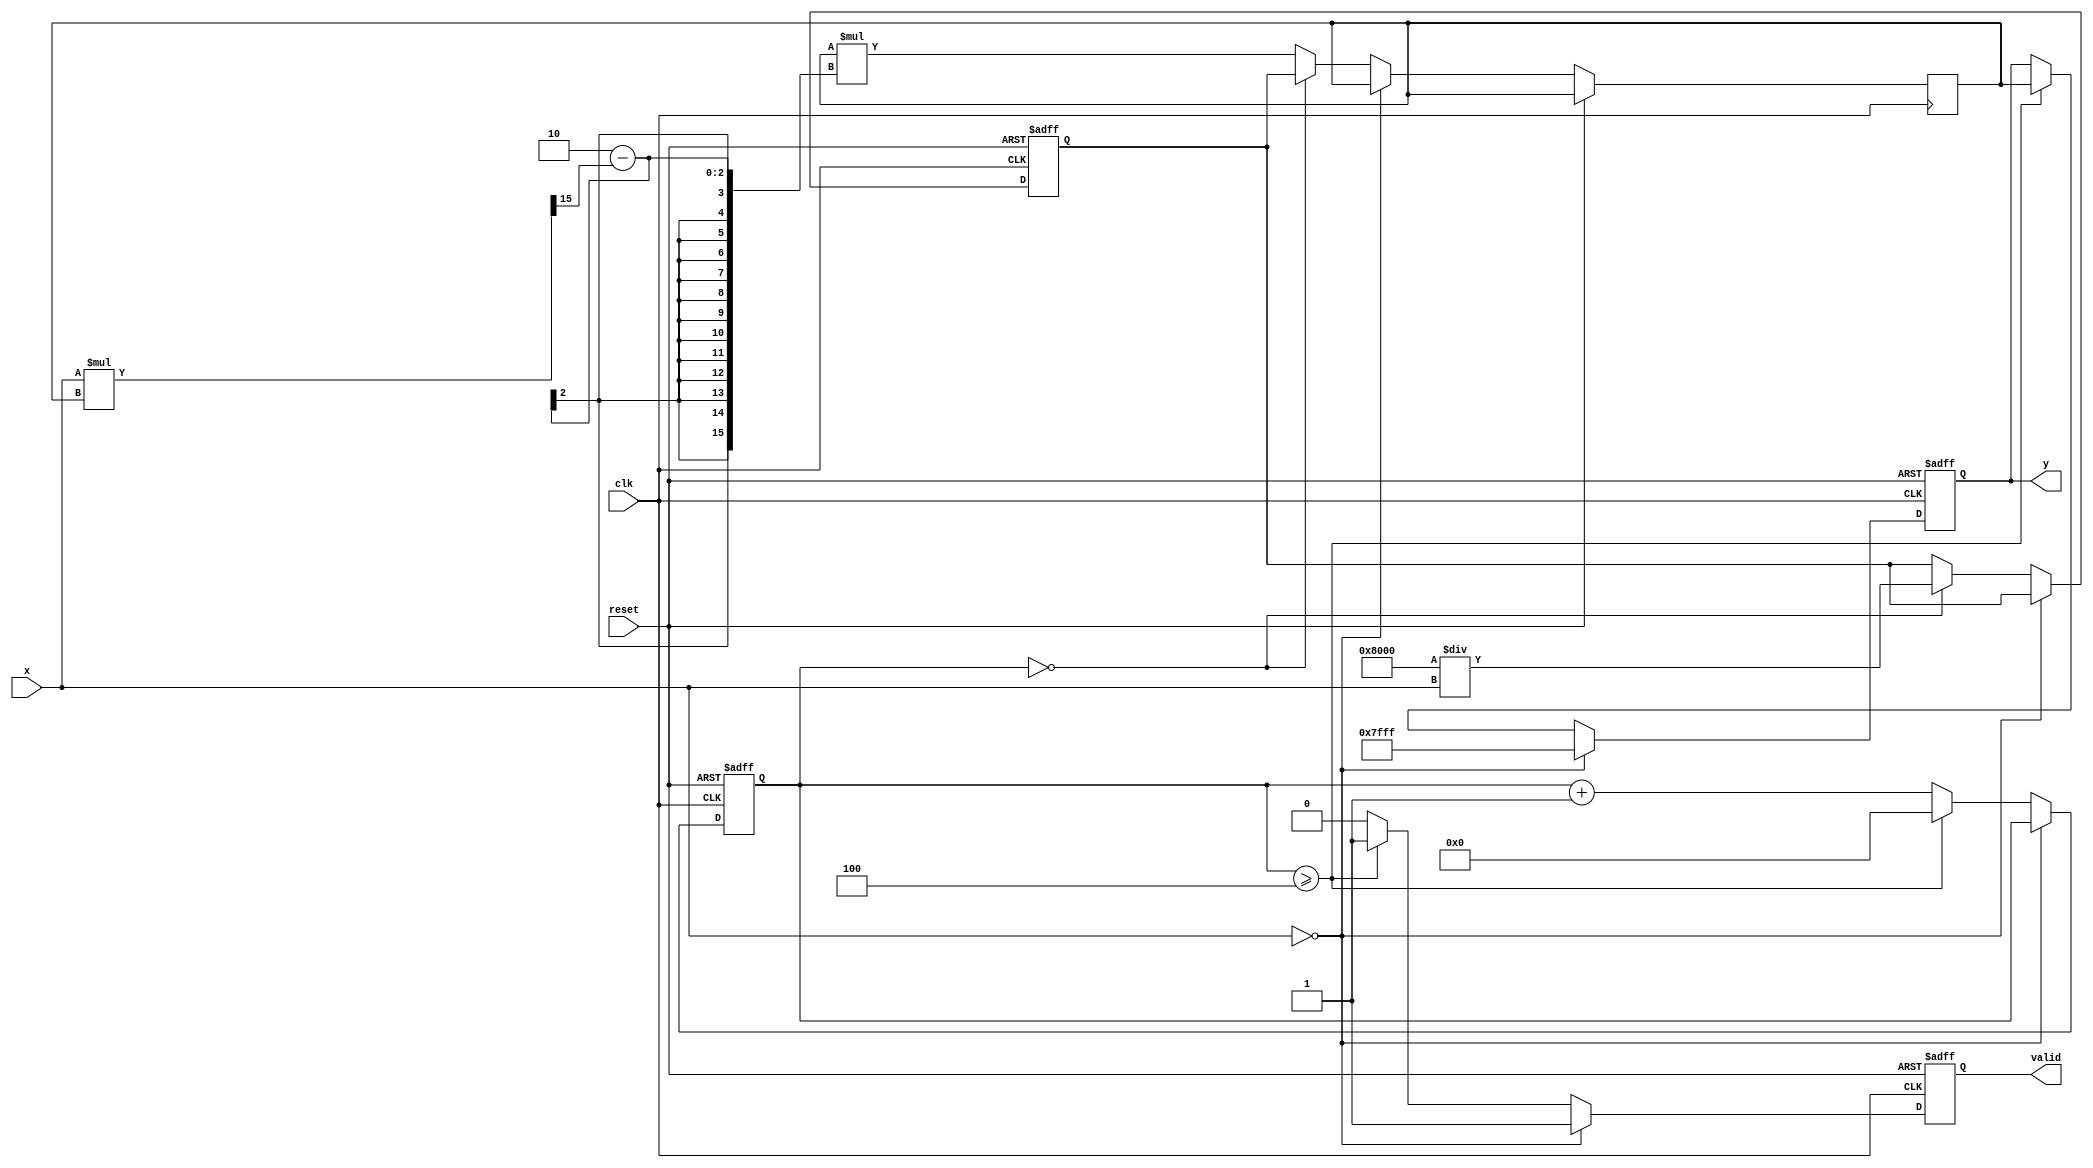
module fixed_point_reciprocal (
    input wire clk,
    input wire reset,
    input wire [16-1:0] x,   // Input data, Q1.15 format
    output reg [16-1:0] y,    // Output data, Q1.15 format
    output reg valid          // Output valid flag
);

    parameter FIXED_POINT_WIDTH = 16;
    parameter FRACTIONAL_BITS = 15;
    parameter MAX_VALUE = 16'h7FFF;  // Maximum value for Q1.15
    parameter ZERO = 16'h0000;

    reg [16-1:0] initial_guess;
    reg [16-1:0] new_guess;
    reg [3:0] iteration_count;

    always @(posedge clk or posedge reset) begin
        if (reset) begin
            y <= ZERO;
            valid <= 0;
            initial_guess <= 16'h0000;
            iteration_count <= 0;
        end else begin
            if (x == ZERO) begin
                // Handle division by zero, output maximum value or error code
                y <= MAX_VALUE; // or another designated error value
                valid <= 1;
            end else begin
                // Compute the reciprocal using the Newton-Raphson method
                if (iteration_count == 0) begin
                    // Initial guess: 1 / x
                    initial_guess <= {1'b0, (1'h1 << (FRACTIONAL_BITS)) / x}; // 1 << 15 corresponds to 1 in Q1.15
                    new_guess <= initial_guess;
                end else begin
                    // Newton-Raphson iteration
                    new_guess <= new_guess * (2'h2 - (x * new_guess >> FRACTIONAL_BITS)); // y(n+1) = y(n) * (2 - x*y(n))
                end
                
                iteration_count <= iteration_count + 1;

                if (iteration_count >= 4) begin // We can set a specific number of iterations
                    y <= new_guess;
                    valid <= 1;
                    iteration_count <= 0; // Reset iteration count for the next input
                end else begin
                    valid <= 0; // output is not valid until iterations are complete
                end
            end
        end
    end
endmodule